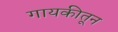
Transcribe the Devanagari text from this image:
गायकीतून